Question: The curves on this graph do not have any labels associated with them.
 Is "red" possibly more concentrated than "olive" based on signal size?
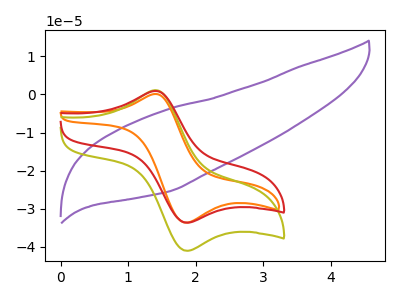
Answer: <think>The purple curve "purple" has no peaks. The orange curve "orange" has an anodic peak at (1.35V, 0.05uA) and a cathodic peak at (1.85V, -33.60uA). The olive curve "olive" has an anodic peak at (1.40V, 1.10uA) and a cathodic peak at (1.85V, -41.00uA). The red curve "red" has an anodic peak at (1.40V, 0.90uA) and a cathodic peak at (1.85V, -33.60uA).
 All the peaks in "red" have a peak in "olive" at the same potential. Every peak in "red" is lower than every peak in "olive".</think>
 <answer>"red" has less signal than "olive".</answer>
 <eval>less_signal</eval>